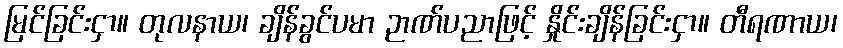
မြင်ခြင်းငှာ။ တုလနာယ၊ ချိန်ခွင်ပမာ ဉာဏ်ပညာဖြင့် နှိုင်းချိန်ခြင်းငှာ။ တီရဏာယ၊